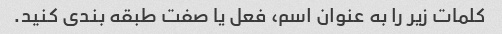
کلمات زیر را به عنوان اسم، فعل یا صفت طبقه بندی کنید.